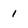
Character: 1